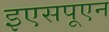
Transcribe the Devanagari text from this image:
इएसपूएन